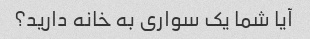
آیا شما یک سواری به خانه دارید؟